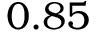
0 . 8 5